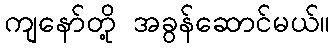
ကျနော်တို့ အခွန်ဆောင်မယ်။